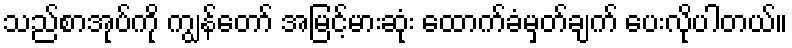
သည်စာအုပ်ကို ကျွန်တော် အမြင့်မားဆုံး ထောက်ခံမှတ်ချက် ပေးလိုပါတယ်။